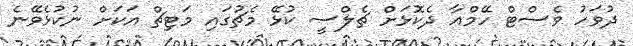
ދުވަހު ވެސްޓް ހޭމްއާ ދެކޮޅަށް ޗެލްސީ ކުޅޭ މެޗުގައި މަޓިޗް އަކަށް ނުކުޅެވޭނެ